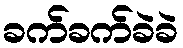
ခက်ခက်ခဲခဲ